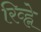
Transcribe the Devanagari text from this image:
रिव्ह्ने